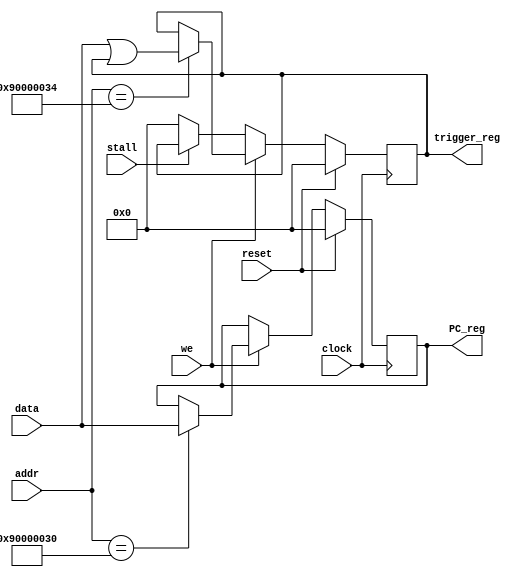
module mm_interrupt #(
  parameter DATA_WIDTH = 32,
  parameter INT_PC_ADDR = 32'h90000030,
  parameter INT_TRIGGER_ADDR = 32'h90000034
) (
  input clock,
  input reset,
  input stall,

  input we,
  input [DATA_WIDTH-1:0] data,
  input [DATA_WIDTH-1:0] addr, // TODO: Use ADDR_BITS instead of DATA_WIDTH

  output reg [DATA_WIDTH-1:0] PC_reg,
  output reg [DATA_WIDTH-1:0] trigger_reg
);

always@(posedge clock) begin
  if (reset) begin
    PC_reg <= {DATA_WIDTH{1'b0}};
  end else if(we) begin
    PC_reg <= (addr == INT_PC_ADDR) ? data : PC_reg;
  end else begin
    PC_reg <= PC_reg;
  end
end // always

always@(posedge clock) begin
  if (reset) begin
    trigger_reg <= {DATA_WIDTH{1'b0}};
  end else if(we) begin
    // Do not allow triggers to be reset once set
    trigger_reg <= (addr == INT_TRIGGER_ADDR) ? (data | trigger_reg) : trigger_reg;
  end else if(stall) begin
    // hold until stall is over
    trigger_reg <= trigger_reg;
  end else begin
    // Do not leave the trigger high for more than 1 (non-stalled) cycle
    trigger_reg <= {DATA_WIDTH{1'b0}};
  end
end // always




endmodule